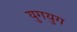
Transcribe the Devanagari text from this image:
युगयुग